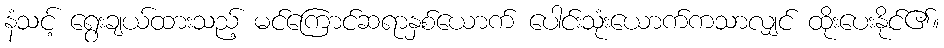
နံသင့် ရွေးချယ်ထားသည့် မင်ကြောင်ဆရာနှစ်ယောက် ပေါင်းသုံးယောက်ကသာလျှင် ထိုးပေးနိုင်၏။